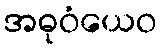
အဓုဝံယေဝ